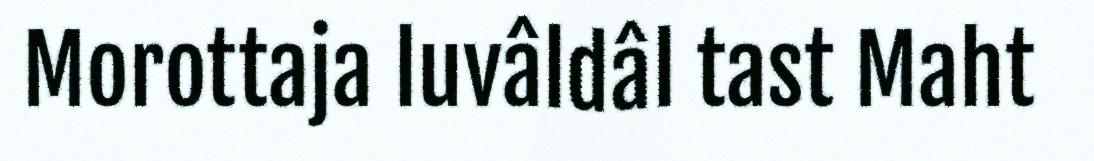
Morottaja luvâldâl tast Maht